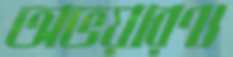
অভয়ারণ্য